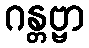
ဂန္တဗ္ဗာ